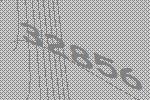
32856